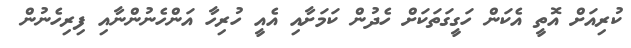
ކުރިއަށް އޮތީ އެކަން ހަގީގަތަކަށް ހެދުން ކަމަށާއި އެއީ ހުރިހާ އަންހެނުންނާއި ފިރިހެނުން